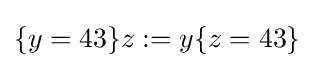
\{y=43\}z:=y\{z=43\}